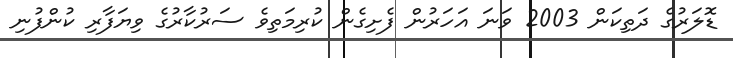
ޑޮލަރުގެ ދަތިކަން 2003 ވަނަ އަހަރުން ފެށިގެން ކުރިމަތިވެ ސަރުކާރުގެ ވިޔަފާރި ކުންފުނި